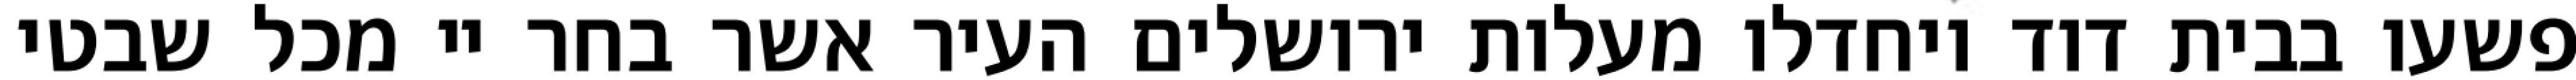
פשעו בבית דוד ויחדלו מעלות ירושלים העיר אשר בחר יי מכל שבטי